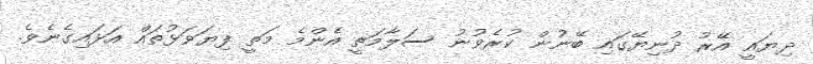
ދިޔައީ އޭރު ދުނިޔޭގައި ބޭނުން ކުރެވުނު ސަލާމަތީ އެންމެ މަތީ ފިޔަވަޅުތައް އަޅައިގެނެވެ.